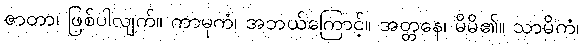
ဇာတာ၊ ဖြစ်ပါလျက်။ ကာမုကံ၊ အဘယ်ကြောင့်။ အတ္တနေ၊ မိမိ၏။ သာမိကံ၊